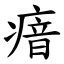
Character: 瘖